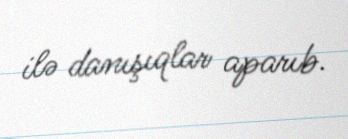
ilə danışıqlar aparıb.